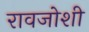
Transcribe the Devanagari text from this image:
रावजोशी